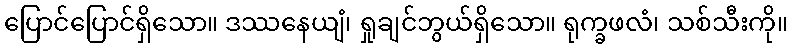
ပြောင်ပြောင်ရှိသော။ ဒဿနေယျံ၊ ရှုချင်ဘွယ်ရှိသော။ ရုက္ခဖလံ၊ သစ်သီးကို။